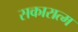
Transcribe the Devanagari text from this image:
सकारात्म